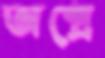
অগ্রে